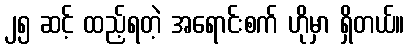
၂၅ ဆင့် ထည့်ရတဲ့ အရောင်းစက် ဟိုမှာ ရှိတယ်။